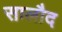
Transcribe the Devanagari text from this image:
सालौद